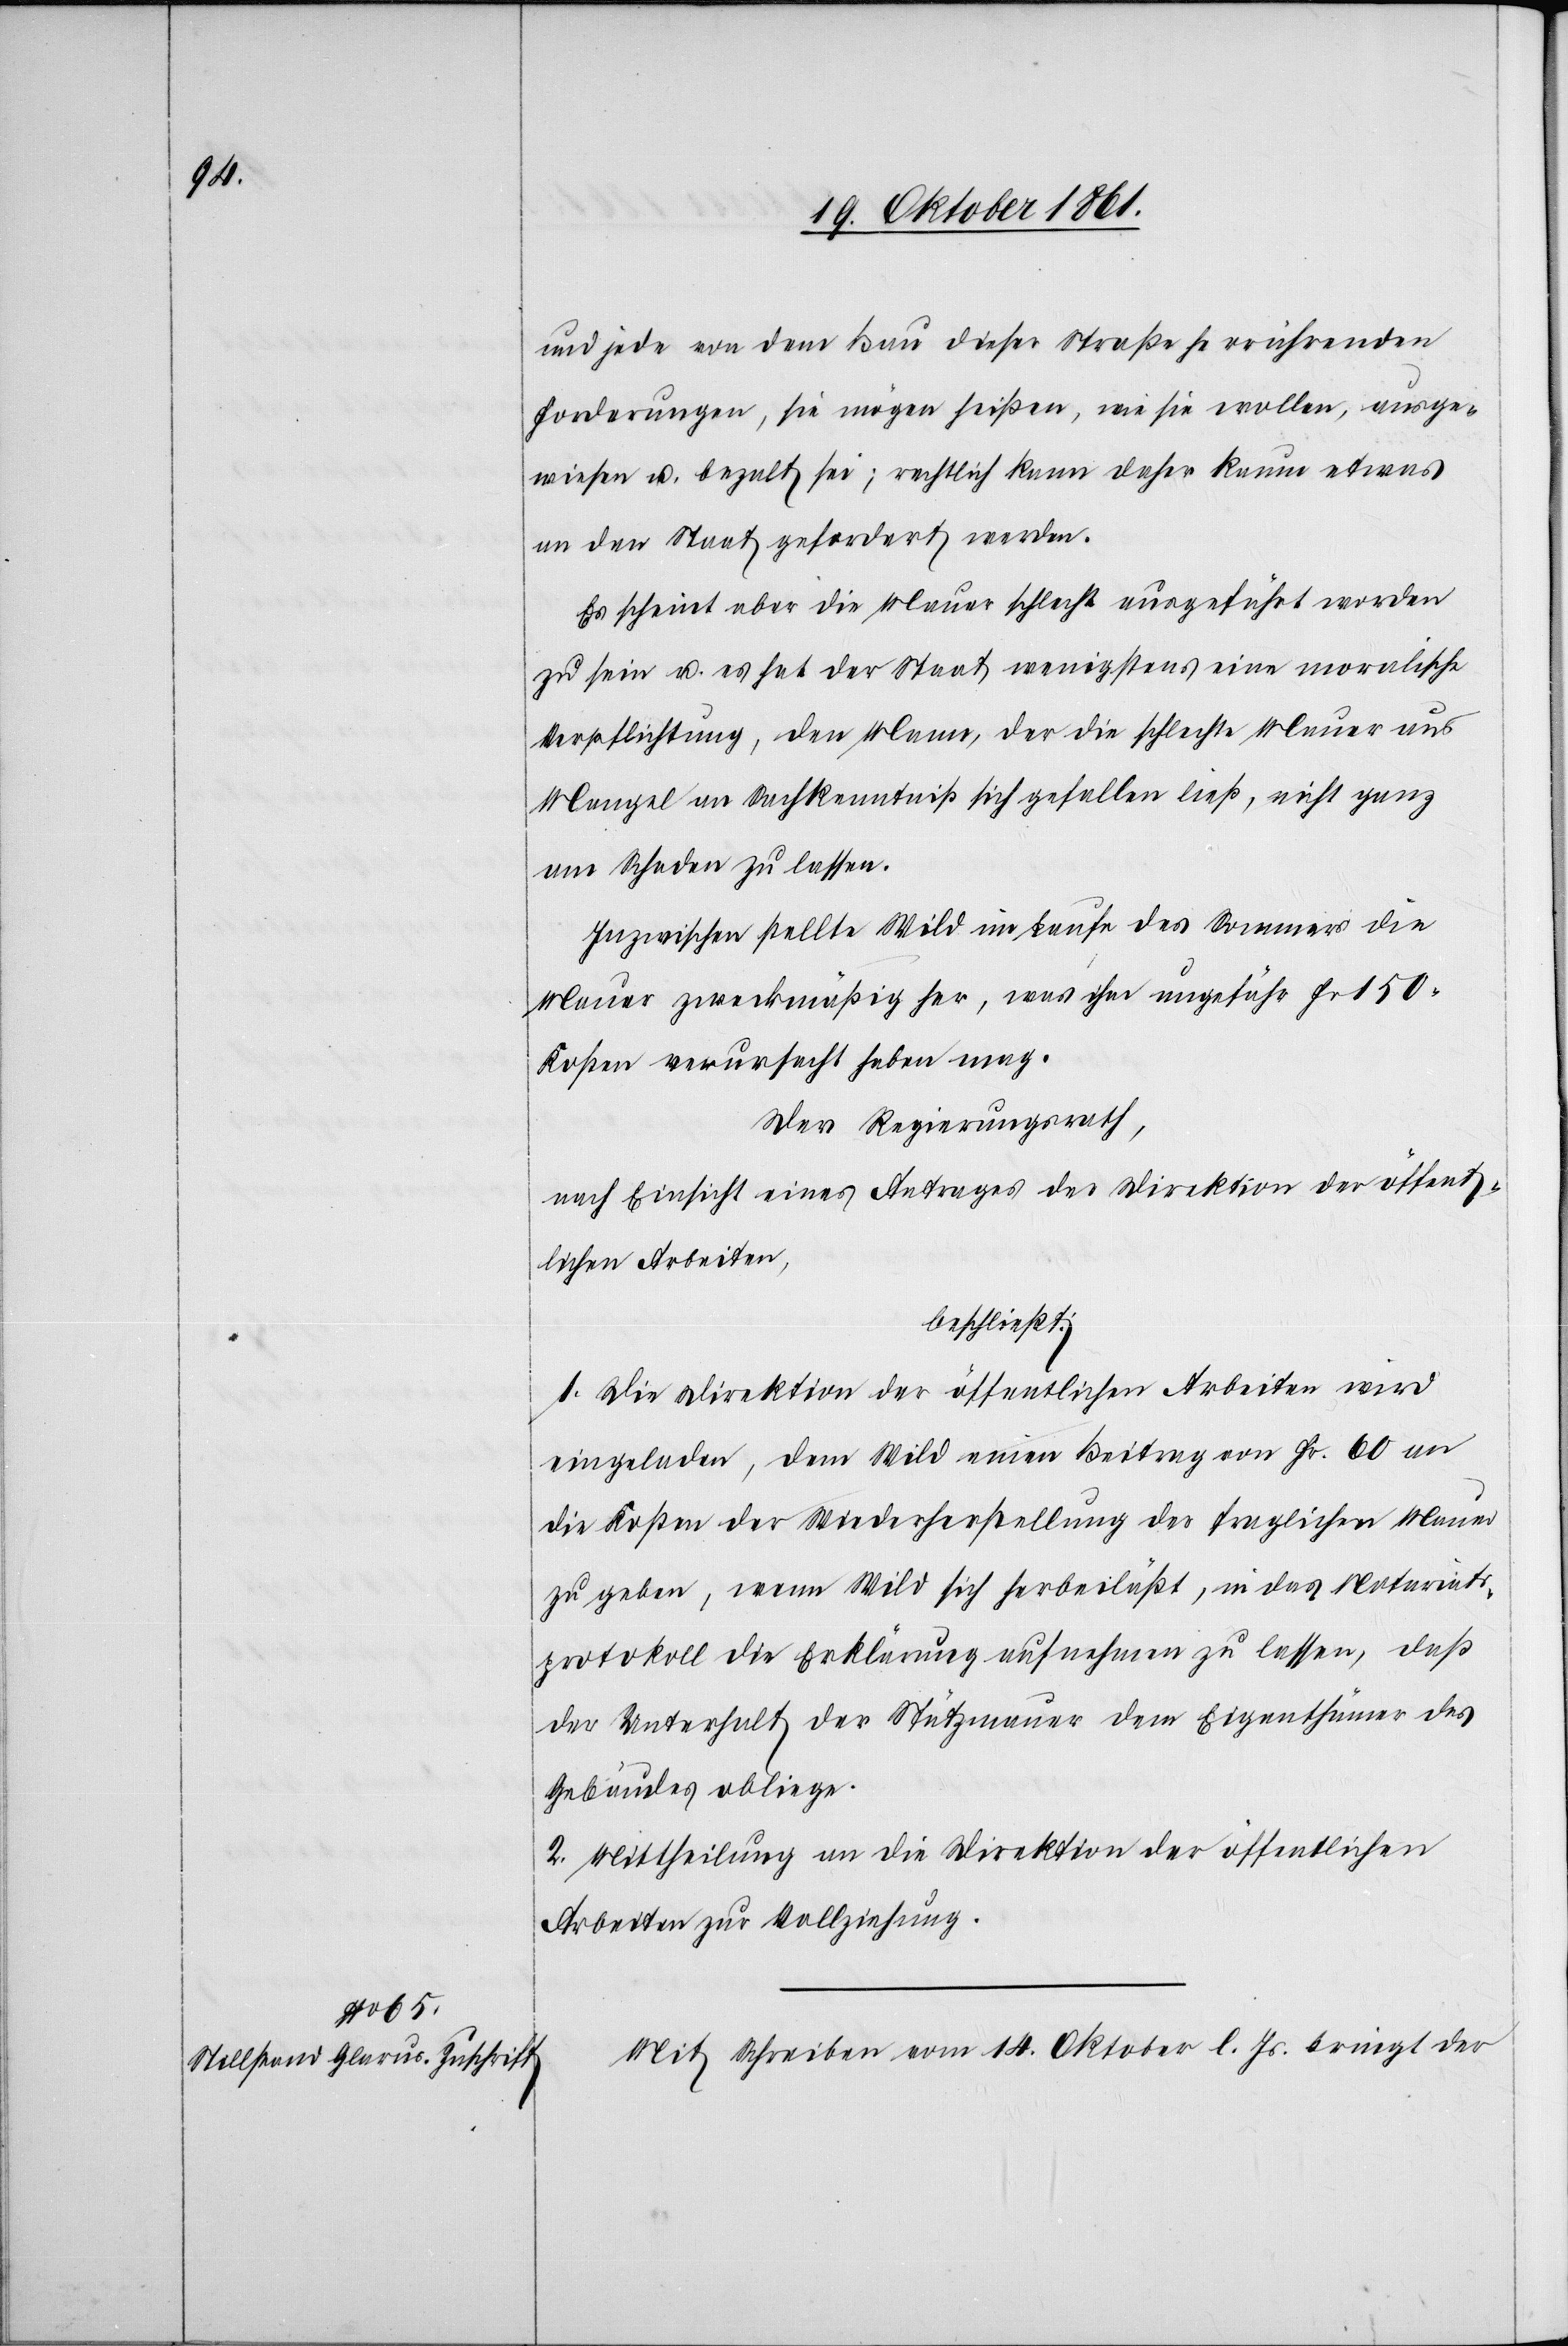
und jede von dem Bau dieser Straße herrührenden
Forderungen, sie mögen heißen, wie sie wollen, ausge¬
wiesen u. bezalt [sic!] sei, rechtlich kann daher kaum etwas
an den Staat gefordert werden.
Es scheint aber die Mauer schlecht ausgeführt worden
zu sein u. es hat der Staat wenigstens eine moralische
Verpflichtung, den Mann, der die schlechte Mauer aus
Mangel an Sachkenntniß sich gefallen ließ, nicht ganz
am Schaden zu lassen.
Inzwischen stellte Wild im Laufe des Sommers die
Mauer zweckmäßig her, was ihm ungefähr Fr. 150
Kosten verursacht haben mag.
Der Regierungsrath,
nach Einsicht eines Antrages der Direktion der öffent¬
lichen Arbeiten,
beschließt:
1. Die Direktion der öffentlichen Arbeiten wird
eingeladen, dem Wild einen Beitrag von Fr. 60 an
die Kosten der Wiederherstellung der fraglichen Mauer
zu geben, wenn Wild sich herbeiläßt, in das Notariats¬
protokoll die Erklärung aufnehmen zu lassen, daß
der Unterhalt der Stützmauer dem Eigenthümer des
Gebäudes obliege.
2. Mittheilung an die Direktion der öffentlichen
Arbeiten zur Vollziehung.
Mit Schreiben vom 14 Oktober l. Js. bringt der